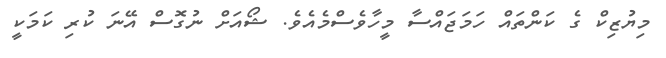
މިޔުޒިކް ގެ ކަންތައް ހަމަޖައްސާ މީހާވެސްމެއެވެ. ޝޯއަށް ނުގޮސް އޭނަ ކުރި ކަމަކީ